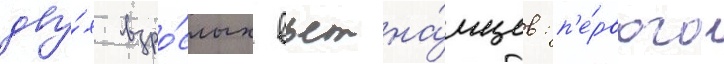
дву́х взро́слых вьетна́мцев: п'е́рвого